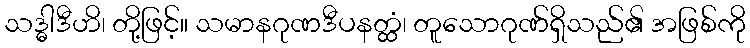
သဒ္ဓါဒီဟိ၊ တို့ဖြင့်။ သမာနဂုဏဒီပနတ္ထံ၊ တူသောဂုဏ်ရှိသည်၏ အဖြစ်ကို